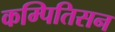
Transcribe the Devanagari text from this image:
कम्पितिसन